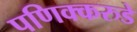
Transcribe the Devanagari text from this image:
पणिक्करुडे